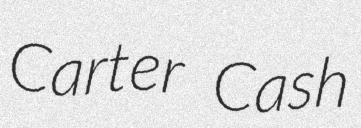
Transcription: Carter Cash